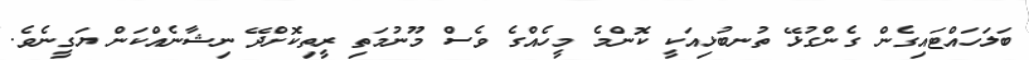
ބަލަހައްޓައިގެން ގެންގުޅޭ ތުނބުޅިއަކީ ކޮންމެ މީހެއްގެ ވެސް މޫނުމަތި ރީތިކޮށްދޭ ނިޝާނެއްކަން ޔަގީނެވެ.